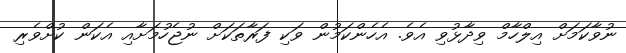
ނުވާކަމަށް އިލްހާމް ވިދާޅުވި އެވެ. އެހެންކަމުން ވަކި ފަރާތަކަށް ނުޖެހުމަށާއި އެކަން ކުށްވެރި